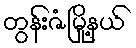
တွန်းဇံမြို့နယ်